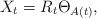
LaTeX: \begin{align*}X_t = R_t \Theta_{A(t)},\end{align*}